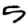
Digit: 5